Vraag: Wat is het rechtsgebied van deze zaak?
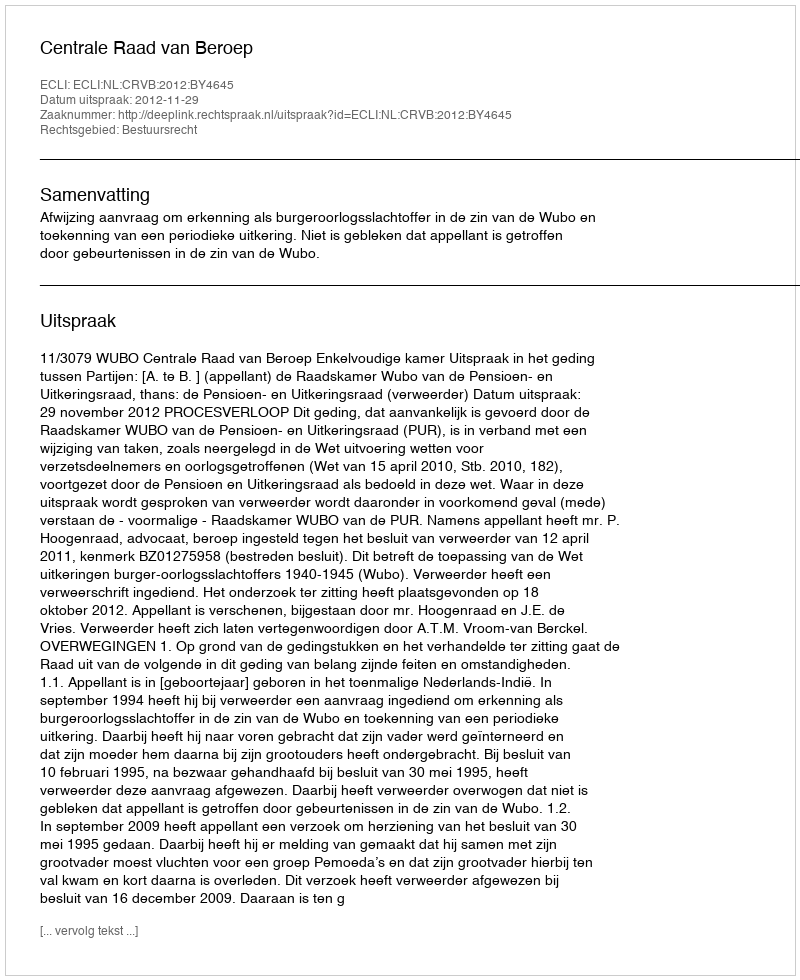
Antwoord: Bestuursrecht